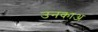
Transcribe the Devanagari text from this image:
उनकाअ